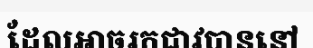
ដែលអាចរកជាវបាននៅ